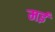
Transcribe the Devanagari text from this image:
मर्इ